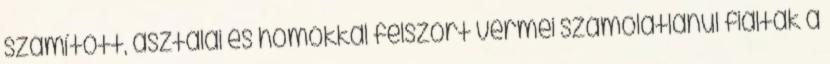
számított, asztalai és homokkal felszórt vermei számolatlanul fialták a